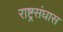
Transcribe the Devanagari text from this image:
राष्ट्रसंघास